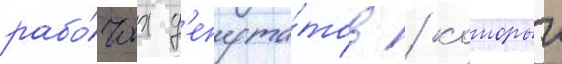
рабо́чих д'епута́тов / которыи